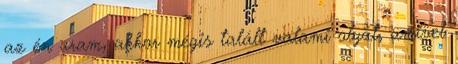
az én uram, akkor mégis talált valami olyat, amivel